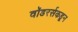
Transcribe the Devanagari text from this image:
वॉडरर्सकडून